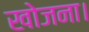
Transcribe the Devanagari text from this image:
खोजना।